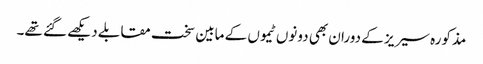
مذکورہ سیریز کے دوران بھی دونوں ٹیموں کے مابین سخت مقابلے دیکھے گئے تھے۔